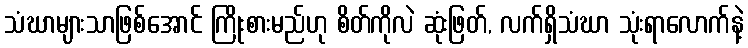
သံဃာများသာဖြစ်အောင် ကြိုးစားမည်ဟု စိတ်ကိုလဲ ဆုံးဖြတ်, လက်ရှိသံဃာ သုံးရာလောက်နဲ့